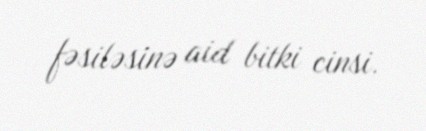
fəsiləsinə aid bitki cinsi.